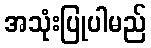
အသုံးပြုပါမည်